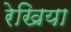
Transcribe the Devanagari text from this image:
रेखिया